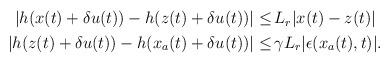
LaTeX: \begin{align*}\begin{aligned}|h(x(t)+\delta u(t))-h(z(t)+\delta u(t))| \le &\, L_r |x(t)-z(t)|\\|h(z(t)+\delta u(t))-h(x_a(t)+\delta u(t))|\le & \,\gamma L_r |\epsilon(x_a(t),t)|.\end{aligned}\end{align*}